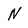
Character: N